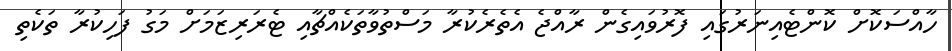
ހާއްސަކޮށް ކޮންޓެއިނަރުގައި ފޮރުވައިގެން ރާއްޖެ އެތެރެކުރާ މަސްތުވާތަކެއްޗާއި ޓެރަރިޒަމަށް މަގު ފަހިކުރާ ތަކެތި